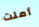
أملت